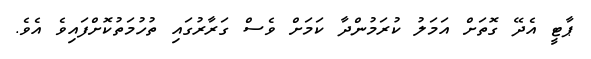
ޕާޓީ އެދޭ ގޮތަށް އަމަލު ކުރަމުންދާ ކަމަށް ވެސް ގަރާރުގައި ތުހުމަތުކޮށްފައިވެ އެވެ.